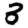
Digit: 3